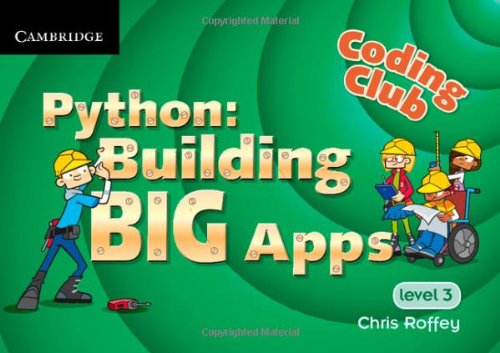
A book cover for Coding Club Level 3 Python: Building Big Apps; Chris Roffey; Teen & Young Adult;